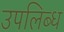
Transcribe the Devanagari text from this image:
उपलिब्ध